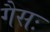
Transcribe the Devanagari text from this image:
गैसः